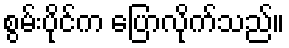
စွမ်းပိုင်က ပြောလိုက်သည်။